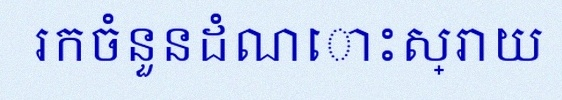
រកចំនួនដំណោះស្រាយ